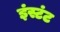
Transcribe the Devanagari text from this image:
इंस्टंट